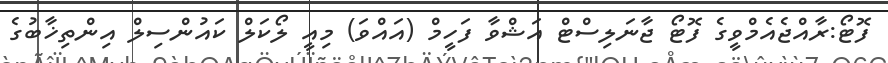
ފޮޓޯ:ރާއްޖެއެމްވީގެ ފޮޓޯ ޖާނަލިސްޓް އަޝްވާ ފަހީމް (އައްވަ) މިއީ ލޯކަލް ކައުންސިލް އިންތިޚާބުގެ